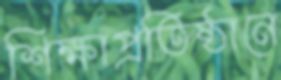
শিক্ষাপ্রতিষ্ঠানে